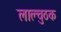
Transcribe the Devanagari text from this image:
लाल्चुठक